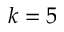
k = 5